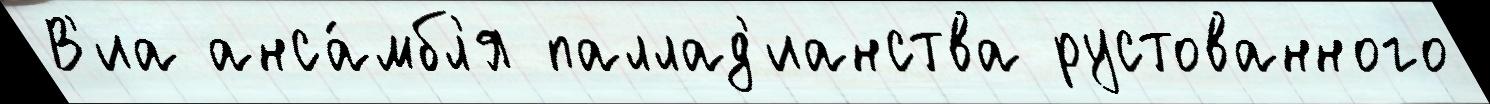
В'иа анса́мбл'я паллад'ианства рустованного